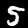
Label: 5